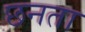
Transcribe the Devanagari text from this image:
छनता